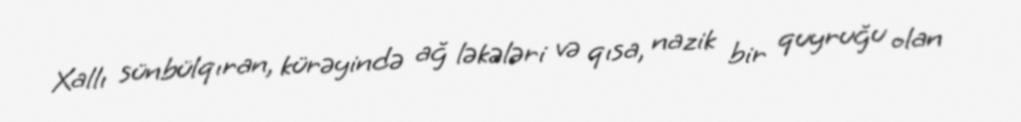
Xallı sünbülqıran, kürəyində ağ ləkələri və qısa, nazik bir quyruğu olan